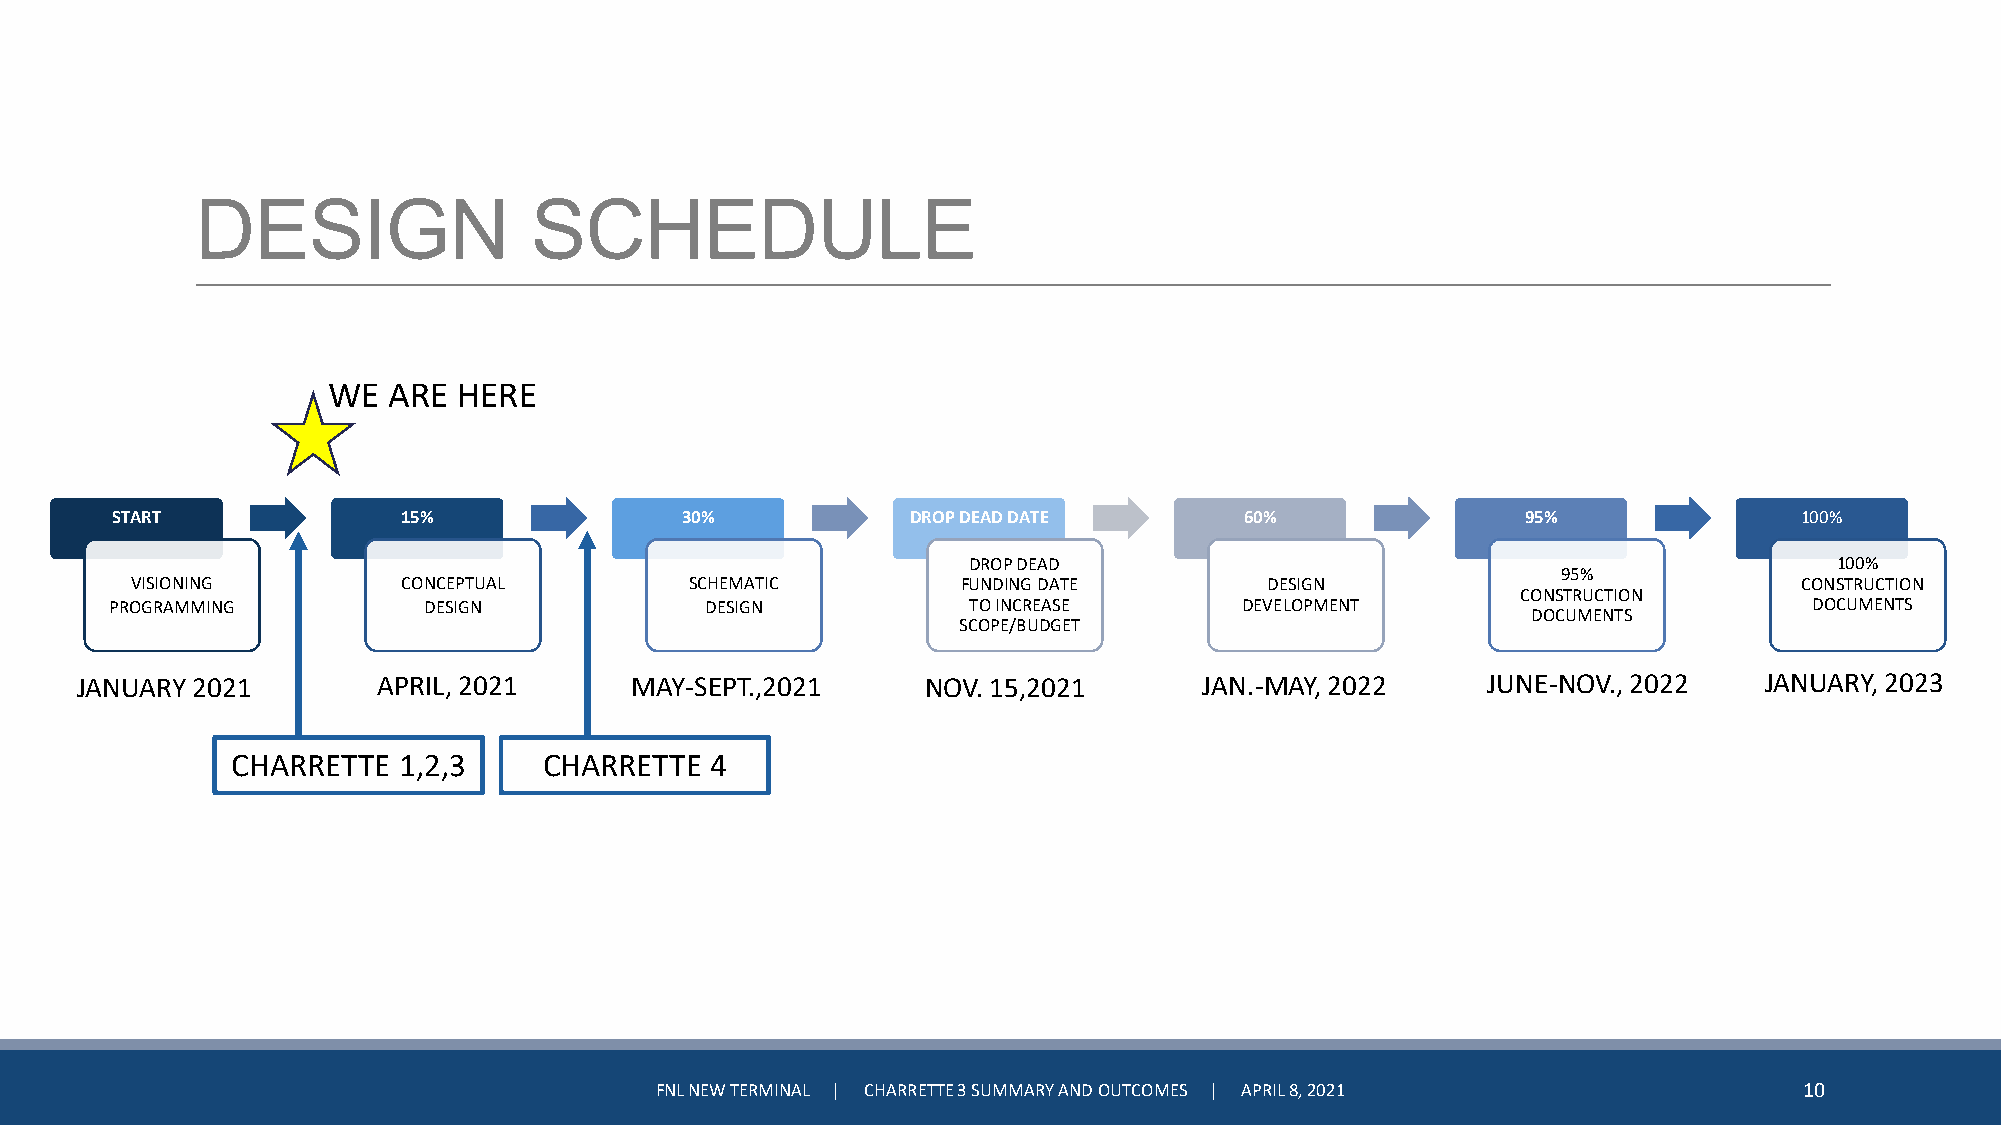
DESIGN                SCHEDULE
 WE  ARE HERE
 START               15%               30%            DROP DEAD DATE        60%                95%               100%
 DROP DEAD                                                 100%
 95%
 VISIONING         CONCEPTUAL         SCHEMATIC         FUNDING DATE        DESIGN                             CONSTRUCTION
 CONSTRUCTION
 PROGRAMMING          DESIGN             DESIGN           TO INCREASE       DEVELOPMENT                           DOCUMENTS
 DOCUMENTS
 SCOPE/BUDGET
 JANUARY 2021        APRIL, 2021      MAY-SEPT.,2021     NOV. 15,2021       JAN.-MAY, 2022    JUNE-NOV., 2022    JANUARY, 2023
 CHARRETTE  1,2,3     CHARRETTE  4
 FNL NEW TERMINAL | CHARRETTE 3 SUMMARY AND OUTCOMES | APRIL 8, 2021         10